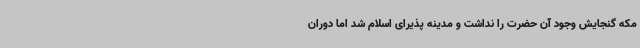
مکه گنجایش وجود آن حضرت را نداشت و مدینه پذیرای اسلام شد اما دوران